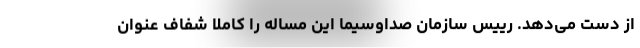
از دست می‌دهد. رییس سازمان صداوسیما این مساله را کاملا شفاف عنوان